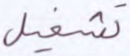
تشغيل